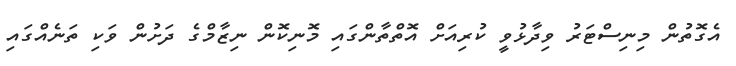
އެގޮތުން މިނިސްޓަރު ވިދާޅުވީ ކުރިއަށް އޮތްތާންގައި މޮނިކޮން ނިޒާމްގެ ދަށުން ވަކި ތަނެއްގައި